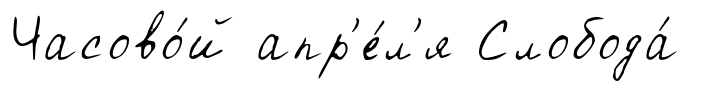
Часово́й апр'е́л'я Слобода́